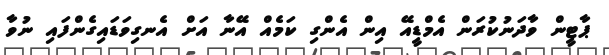
ޕާޓީން ވާދަނުކުރަން އެމްޑީއޭ އިން އެންގި ކަމެއް އޭނާ އަށް އެނގިވަޑައިގެންފައި ނުވާ